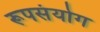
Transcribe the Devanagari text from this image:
रूपसंयोग